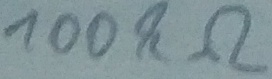
Text: 100kΩ